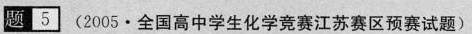
题5(2005·全国高中学生化学竞赛江苏赛区预赛试题)